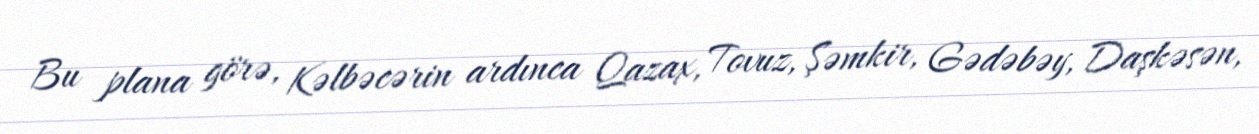
Bu plana görə, Kəlbəcərin ardınca Qazax, Tovuz, Şəmkir, Gədəbəy, Daşkəsən,